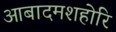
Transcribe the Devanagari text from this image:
आबादमशहोरि